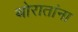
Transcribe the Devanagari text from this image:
थोरातांना